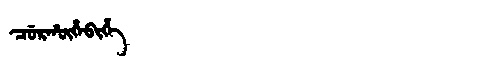
Manchu: ᠴᡠᡵᡥᡡᡥᠠᠪᡳᡥᡝ
Romanization: CURHŪHABIHE